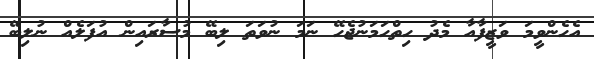
އެހެންވީމަ ވަޒީފާއާ މެދު ހިތްހަމަނުޖެހޭ ނަމަ ނުވަތަ ލިބޭ މުސާރައިން އުފަލެއް ނުލިބޭ